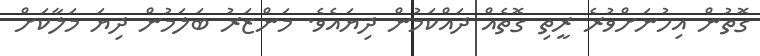
ގޮތުން އިހުނަށްވުރެ ރީތި ގޮތެއް ދައްކަމުން ދިޔައެވެ. މަންޒަރު ބަލަމުން ދިޔަ މަލާކަށް